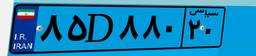
۸۵D۸۸۰۲۰